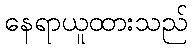
နေရာယူထားသည်